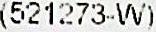
(521273-W)